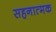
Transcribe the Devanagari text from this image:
सहनात्मक